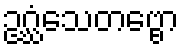
ဥဂ္ဃံသေတဗ္ဗော